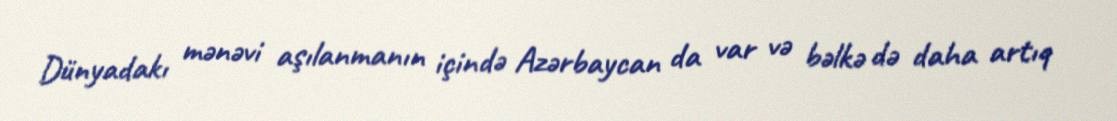
Dünyadakı mənəvi aşılanmanın içində Azərbaycan da var və bəlkə də daha artıq